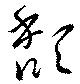
頽